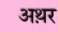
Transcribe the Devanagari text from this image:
अथ़र